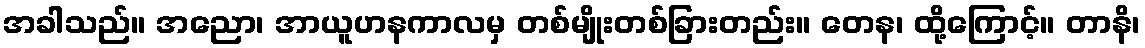
အခါသည်။ အညော၊ အာယူဟနကာလမှ တစ်မျိုးတစ်ခြားတည်း။ တေန၊ ထို့ကြောင့်။ တာနိ၊